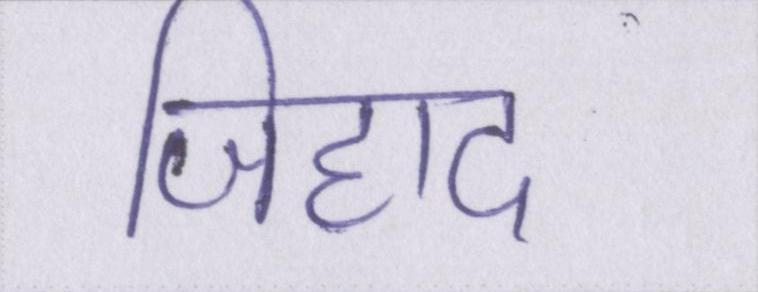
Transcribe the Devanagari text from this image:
जिहाद